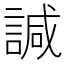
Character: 諴